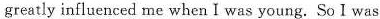
greatly influenced me when I was young. So I was